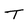
Character: T